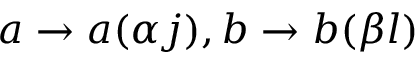
a \rightarrow a ( \alpha j ) , b \rightarrow b ( \beta l )